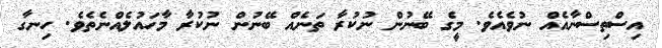
އިސްތިސްނާއެއް ނުވެއެވެ. މީގެ ބޭނުން ނުކުރާ ތަނެއް ބޭނުން ނުކުރާ މާހައުލެއްނެތެވެ. ހިނގާ